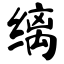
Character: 缡